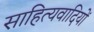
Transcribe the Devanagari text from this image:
साहित्यवादियों